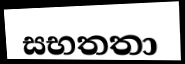
සභතතා